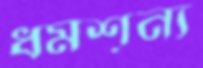
ধর্মশূন্য